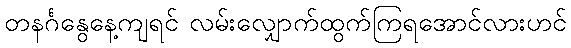
တနင်္ဂနွေနေ့ကျရင် လမ်းလျှောက်ထွက်ကြရအောင်လားဟင်